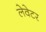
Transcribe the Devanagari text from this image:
लेवेटर